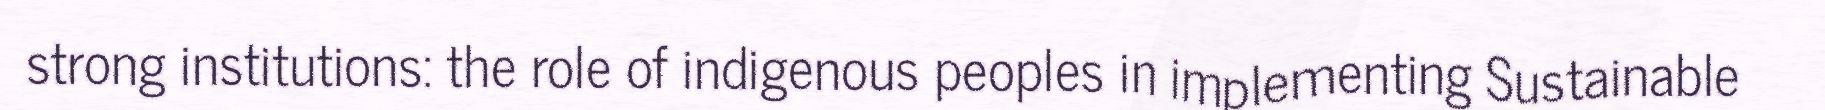
strong institutions: the role of indigenous peoples in implementing Sustainable